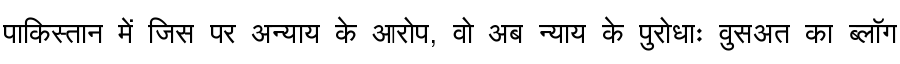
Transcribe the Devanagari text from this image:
पाकिस्तान में जिस पर अन्याय के आरोप, वो अब न्याय के पुरोधाः वुसअत का ब्लॉग